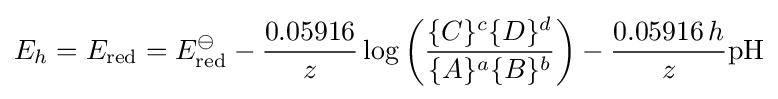
E_{h}=E_{\text{red}}=E_{\text{red}}^{\ominus }-{\frac {0.05916}{z}}\log \left({\frac {\{C\}^{c}\{D\}^{d}}{\{A\}^{a}\{B\}^{b}}}\right)-{\frac {0.05916\,h}{z}}{\text{pH}}